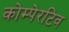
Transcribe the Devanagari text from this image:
कोम्पेरटिव